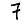
Digit: 7